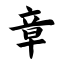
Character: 章